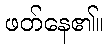
ဖတ်နေ၏။